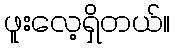
ဖူးလေ့ရှိတယ်။